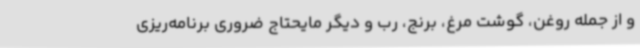
و از جمله روغن، گوشت مرغ، برنج، رب و دیگر مایحتاج ضروری برنامه‌ریزی